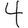
Digit: 4